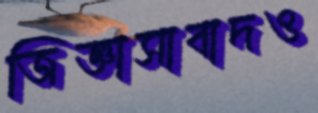
জিজ্ঞাসাবাদও